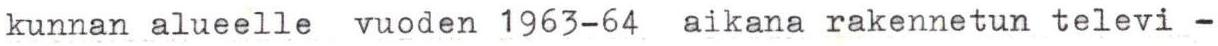
kunnan alueelle vuoden 1963-64 aikana rakennetun televi -